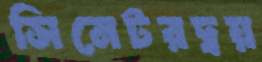
সিনেটরদ্বয়